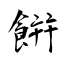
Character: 餠